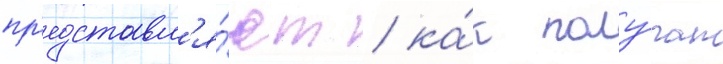
пр'едставл'я́ют / ка́к полу́чат